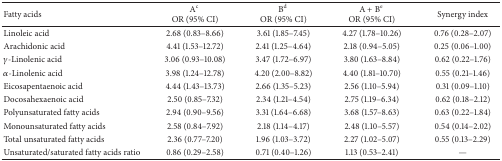
<table><thead><tr><td><b>Fatty acids</b></td><td><b>A<sup>c</sup> OR (95% CI)</b></td><td><b>B<sup>d</sup> OR (95% CI)</b></td><td><b>A + B<sup>e</sup> OR (95% CI)</b></td><td><b>Synergy index</b></td></tr></thead><tbody><tr><td>Linoleic acid </td><td>2.68 (0.83–8.66)</td><td>3.61 (1.85–7.45)</td><td>4.27 (1.78–10.26)</td><td>0.76 (0.28–2.07)</td></tr><tr><td>Arachidonic acid </td><td>4.41 (1.53–12.72)</td><td>2.41 (1.25–4.64)</td><td>2.18 (0.94–5.05)</td><td>0.25 (0.06–1.00)</td></tr><tr><td><i>γ</i>-Linolenic acid </td><td>3.06 (0.93–10.08)</td><td>3.47 (1.72–6.97)</td><td>3.80 (1.63–8.84)</td><td>0.62 (0.22–1.76)</td></tr><tr><td><i>α</i>-Linolenic acid </td><td>3.98 (1.24–12.78)</td><td>4.20 (2.00–8.82)</td><td>4.40 (1.81–10.70)</td><td>0.55 (0.21–1.46)</td></tr><tr><td>Eicosapentaenoic acid </td><td>4.44 (1.43–13.73)</td><td>2.66 (1.35–5.23)</td><td>2.56 (1.10–5.94)</td><td>0.31 (0.09–1.10)</td></tr><tr><td>Docosahexaenoic acid </td><td>2.50 (0.85–7.32)</td><td>2.34 (1.21–4.54)</td><td>2.75 (1.19–6.34)</td><td>0.62 (0.18–2.12)</td></tr><tr><td>Polyunsaturated fatty acids </td><td>2.94 (0.90–9.56)</td><td>3.31 (1.64–6.68)</td><td>3.68 (1.57–8.63)</td><td>0.63 (0.22–1.84)</td></tr><tr><td>Monounsaturated fatty acids </td><td>2.58 (0.84–7.92)</td><td>2.18 (1.14–4.17)</td><td>2.48 (1.10–5.57)</td><td>0.54 (0.14–2.02)</td></tr><tr><td>Total unsaturated fatty acids</td><td>2.36 (0.77–7.20)</td><td>1.96 (1.03–3.72)</td><td>2.27 (1.02–5.07)</td><td>0.55 (0.13–2.29)</td></tr><tr><td>Unsaturated/saturated fatty acids ratio</td><td>0.86 (0.29–2.58)</td><td>0.71 (0.40–1.26)</td><td>1.13 (0.53–2.41)</td><td>—</td></tr></tbody></table>